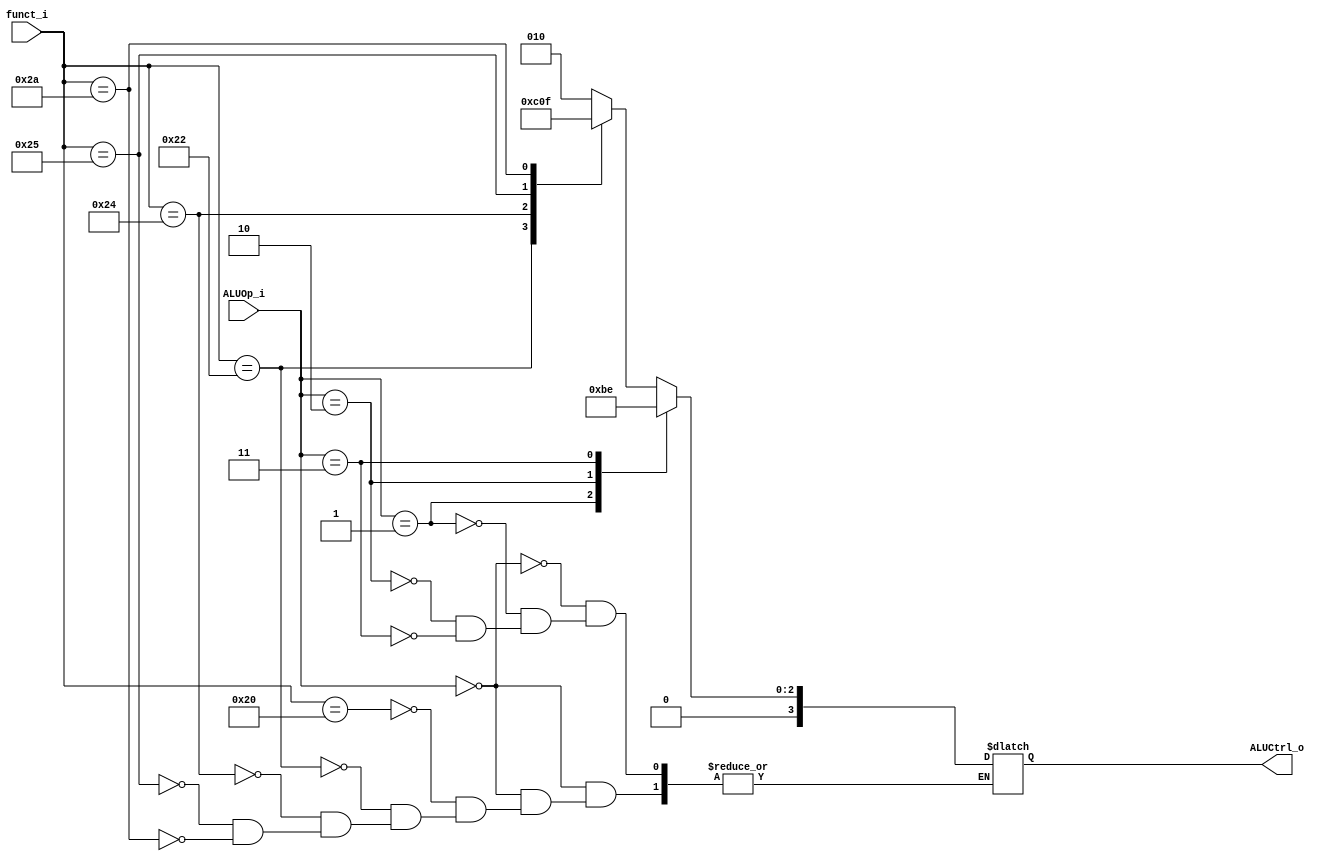

//////////////////////////////////////////////////////////////////////////////////
// student ID: 0516013
// Module Name:    ALU_Ctrl
//////////////////////////////////////////////////////////////////////////////////

module ALU_Ctrl(
          funct_i,
          ALUOp_i,
          ALUCtrl_o
          );
          
//I/O ports 
input      [6-1:0] funct_i;
input      [3-1:0] ALUOp_i;

output     [4-1:0] ALUCtrl_o;    
     
//Internal Signals
reg        [4-1:0] ALUCtrl_o;

//Parameter
       
//Select exact operation
always@(*)
begin
    case(ALUOp_i)
        3'b000:begin//R-format
            case(funct_i)
                6'b100000: ALUCtrl_o = 4'b0010; // ADD
                6'b100010: ALUCtrl_o = 4'b0110; // SUB
                6'b100100: ALUCtrl_o = 4'b0000; // AND
                6'b100101: ALUCtrl_o = 4'b0001; // OR
                6'b101010: ALUCtrl_o = 4'b0111; // SLT
            endcase
        end
        3'b001:begin
            ALUCtrl_o = 4'b0010; // ADDI
        end
        3'b010:begin
            ALUCtrl_o = 4'b0111; // SLTI
        end
        3'b011:begin
            ALUCtrl_o = 4'b0110; // BEQ
        end
    endcase
end

endmodule